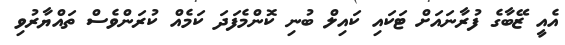
އެއީ ޒޭބާގެ ފުރާނައަށް ޓަކައި ކައިލް ބުނި ކޮންމެފަދަ ކަމެއް ކުރަންވެސް ތައްޔާރުވި